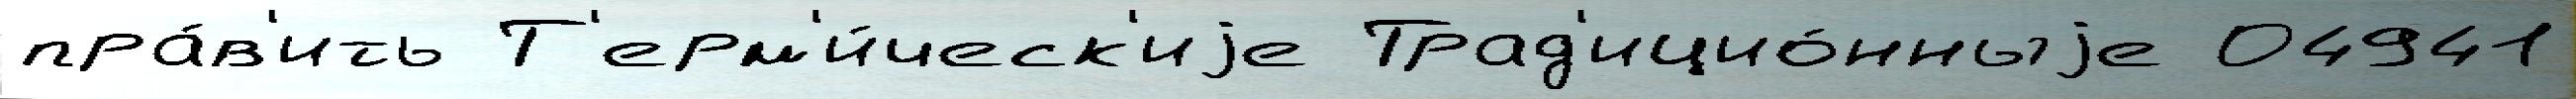
пра́в'ить Т'ерм'и́ческ'иjе Трад'ицио́нныjе 04941